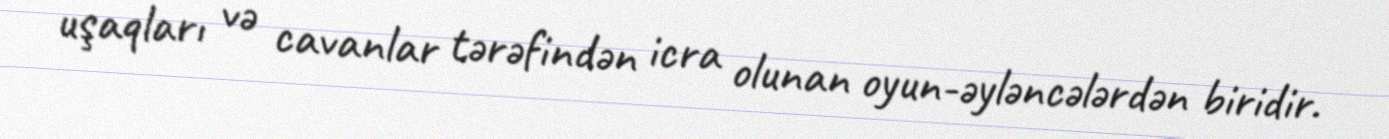
uşaqları və cavanlar tərəfindən icra olunan oyun-əyləncələrdən biridir.